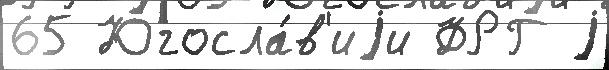
65 Югосла́в'иjи ФРГ j